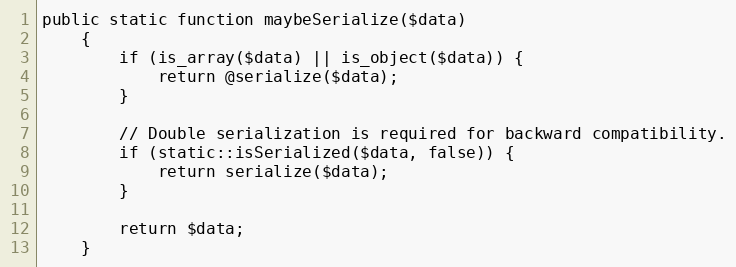
Language: PHP
public static function maybeSerialize($data)
    {
        if (is_array($data) || is_object($data)) {
            return @serialize($data);
        }

        // Double serialization is required for backward compatibility.
        if (static::isSerialized($data, false)) {
            return serialize($data);
        }

        return $data;
    }